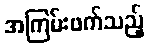
အကြမ်းဖက်သည့်